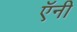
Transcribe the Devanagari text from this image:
ऍनी